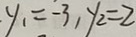
y _ { 1 } = - 3 , y _ { 2 } = 2